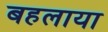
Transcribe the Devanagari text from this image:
बहलाया